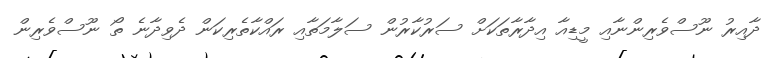
ދާއިރު ނޫސްވެރިންނާއި މީޑިއާ އިދާރާތަކަށް ސަރުކާރުން ސަލާމަތާއި ރައްކާތެރިކަން ދެވިދާނެ ތޯ ނޫސްވެރިން